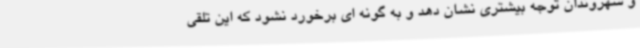
و شهروندان توجه بیشتری نشان دهد و به گونه ای برخورد نشود که این تلقی